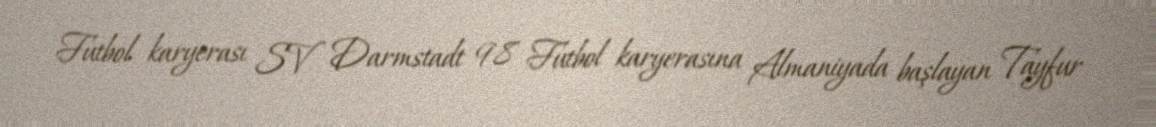
Futbol karyerası SV Darmstadt 98 Futbol karyerasına Almaniyada başlayan Tayfur